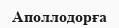
Аполлодорға